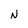
Character: N